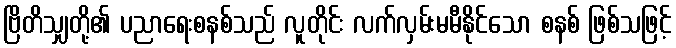
ဗြိတိသျှတို့၏ ပညာရေးစနစ်သည် လူတိုင်း လက်လှမ်းမမီနိုင်သော စနစ် ဖြစ်သဖြင့်